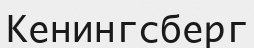
Кенингсберг